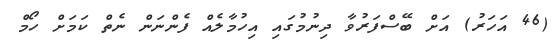
(46 އަހަރު) އަށް ބޭސްފަރުވާ ދިނުމުގައި އިހުމާލެއް ފެންނަން ނެތް ކަމަށް ހޯމް